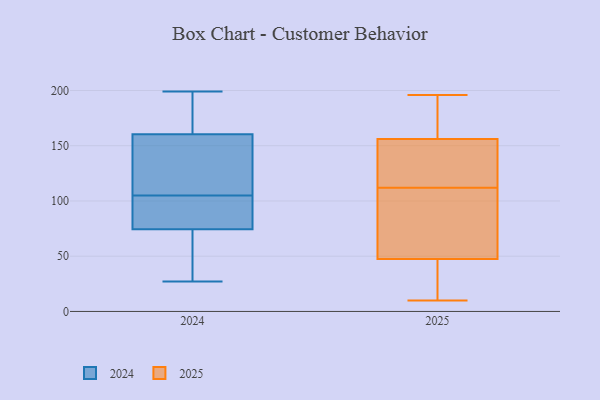
{"axis": {"x": "Active Users", "y": "Value"}, "legend": ["2024", "2025"], "data": [{"x": "", "y": 196, "type": "2025"}, {"x": "", "y": 134, "type": "2025"}, {"x": "", "y": 64, "type": "2025"}, {"x": "", "y": 10, "type": "2025"}, {"x": "", "y": 164, "type": "2025"}, {"x": "", "y": 22, "type": "2025"}, {"x": "", "y": 111, "type": "2025"}, {"x": "", "y": 72, "type": "2025"}, {"x": "", "y": 177, "type": "2025"}, {"x": "", "y": 31, "type": "2025"}, {"x": "", "y": 151, "type": "2025"}, {"x": "", "y": 19, "type": "2025"}, {"x": "", "y": 106, "type": "2025"}, {"x": "", "y": 127, "type": "2025"}, {"x": "", "y": 161, "type": "2025"}, {"x": "", "y": 113, "type": "2025"}, {"x": "", "y": 49, "type": "2024"}, {"x": "", "y": 158, "type": "2024"}, {"x": "", "y": 164, "type": "2024"}, {"x": "", "y": 27, "type": "2024"}, {"x": "", "y": 198, "type": "2024"}, {"x": "", "y": 157, "type": "2024"}, {"x": "", "y": 133, "type": "2024"}, {"x": "", "y": 89, "type": "2024"}, {"x": "", "y": 83, "type": "2024"}, {"x": "", "y": 65, "type": "2024"}, {"x": "", "y": 81, "type": "2024"}, {"x": "", "y": 181, "type": "2024"}, {"x": "", "y": 121, "type": "2024"}, {"x": "", "y": 163, "type": "2024"}, {"x": "", "y": 30, "type": "2024"}, {"x": "", "y": 81, "type": "2024"}, {"x": "", "y": 199, "type": "2024"}, {"x": "", "y": 78, "type": "2024"}, {"x": "", "y": 132, "type": "2024"}, {"x": "", "y": 71, "type": "2024"}]}